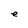
Character: e